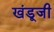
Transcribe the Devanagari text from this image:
खंडूजी